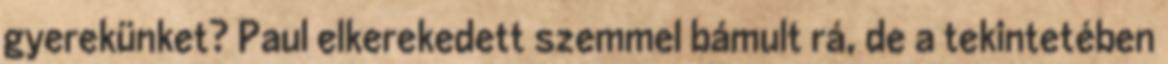
gyerekünket? Paul elkerekedett szemmel bámult rá, de a tekintetében